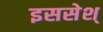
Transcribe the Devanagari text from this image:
इससेश्